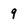
Character: 9